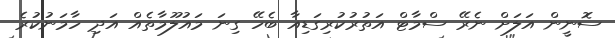
ސޮނީން އަލަށް ނެރޭ ސްމާޓް އަތުރުކުރިގަޑިއާ ބެހޭ ގިނަ މައުލޫމާތެއް އަދި ހާމަނުކުރެ